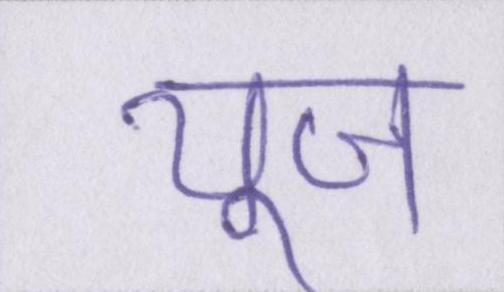
यूज